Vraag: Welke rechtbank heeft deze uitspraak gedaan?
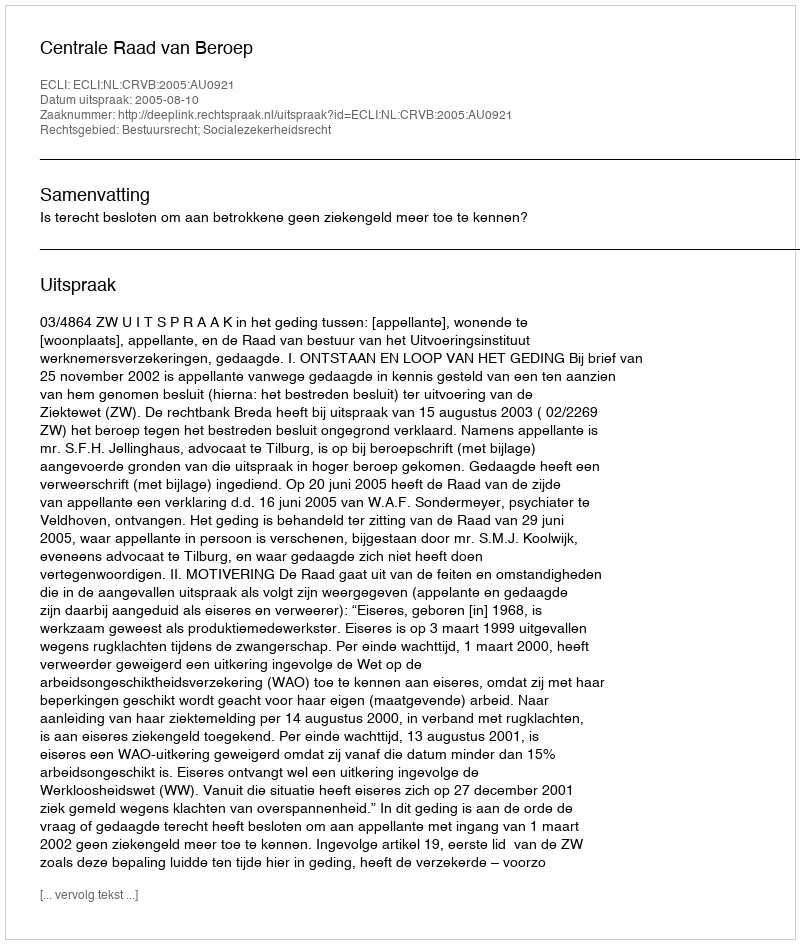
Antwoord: Centrale Raad van Beroep